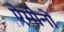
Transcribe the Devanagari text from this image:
ऐमीनों